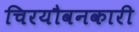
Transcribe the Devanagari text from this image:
चिरयौवनकारी